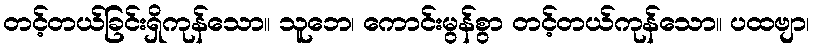
တင့်တယ်ခြင်းရှိကုန်သော။ သူဘေ၊ ကောင်းမွန်စွာ တင့်တယ်ကုန်သော။ ပထဗျာ၊